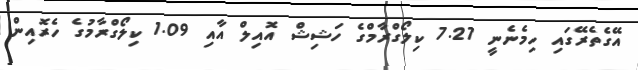
އޭގެތެރޭގައި ހިމެނެނީ 7.27 ކިލޯގްރާމްގެ ހަޝިޝް އޮއިލް އާއި 1.09 ކިލޯގްރާމުގެ ހެރޮއިން